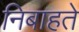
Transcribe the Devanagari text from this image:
निबाहते